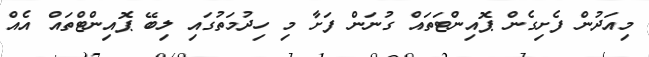
މިއަދުން ފެށިގެން ޕޮއިންޓަތައް ގުނަން ފަށާ މި ހިދުމަތުގައި ލިބޭ ޕޮއިންޓްތައް އެއް